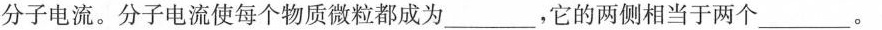
分子电流。分子电流使每个物质微粒都成为___，它的两侧相当于两个___。